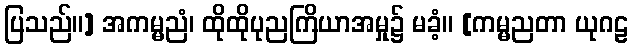
ပြသည်။] အကမ္မညံ၊ ထိုထိုပုညကြိယာအမှု၌ မခံ့။ [ကမ္မညတာ ယုဂဠ